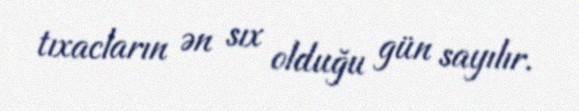
tıxacların ən sıx olduğu gün sayılır.